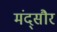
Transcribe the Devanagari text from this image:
मंद्सौर